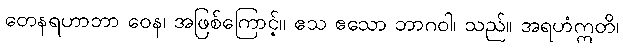
တေနရဟာဘာ ဝေန၊ အဖြစ်ကြောင့်။ ဧသ ဧသော ဘာဂဝါ၊ သည်။ အရဟံဣတိ၊